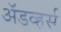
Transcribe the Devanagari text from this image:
अॅडव्हर्स